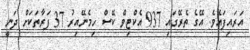
އަރައިފައެވެ. އޭގެ ތެރޭގައި 937 އެކްޓިވް ކޭސް ހިމެނޭއިރު 37 ފަރާތަކަށް ދަނީ